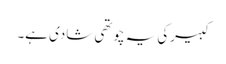
کبیرکی یہ چوتھی شادی ہے۔